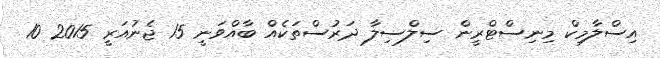
އިސްލާމިކް މިނިސްޓްރީން ސިލްސިލާ ދަރުސްތަކެއް ބާއްވަނީ 15 ޖެނުއަރީ 2015 10